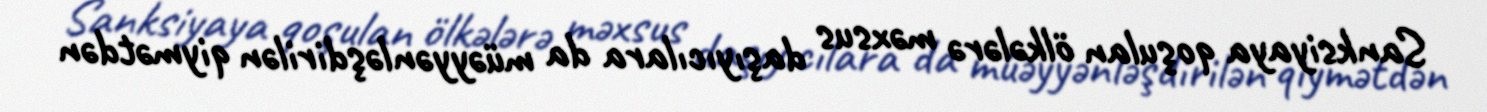
Sanksiyaya qoşulan ölkələrə məxsus daşıyıcılara da müəyyənləşdirilən qiymətdən